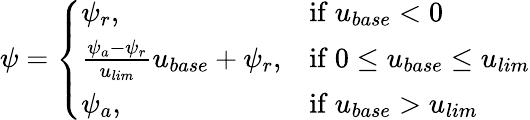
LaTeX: \psi=\left\{ \begin{array}{ll}{\psi_{r},}&{\mathrm{if~}u_{base}<0}\\ {\frac{\psi_{a}-\psi_{r}}{u_{lim}}u_{base}+\psi_{r},}&{\mathrm{if~}0\leq u_{base}\leq u_{lim}}\\ {\psi_{a},}&{\mathrm{if~}u_{base}>u_{lim}}\end{array}\right.